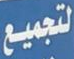
لتجميع